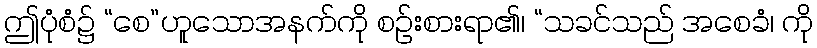
ဤပုံစံ၌ “စေ”ဟူသောအနက်ကို စဉ်းစားရာ၏၊ “သခင်သည် အစေခံ၊ ကို